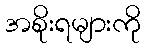
အစိုးရများကို